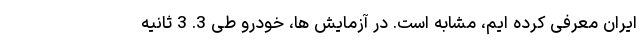
ایران معرفی کرده ایم، مشابه است. در آزمایش ها، خودرو طی 3. 3 ثانیه